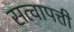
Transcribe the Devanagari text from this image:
सत्वापत्ती